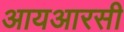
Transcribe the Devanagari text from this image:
आयआरसी